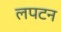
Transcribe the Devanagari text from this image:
लपटन